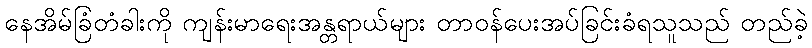
နေအိမ်ခြံတံခါးကို ကျန်းမာရေးအန္တရာယ်များ တာဝန်ပေးအပ်ခြင်းခံရသူသည် တည်ခဲ့